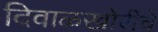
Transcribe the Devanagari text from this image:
दिवाळखोरीचे